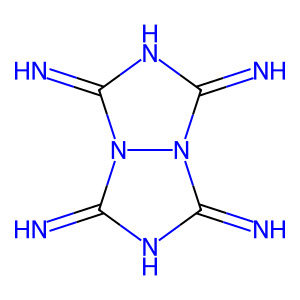
SMILES: N=c1[nH]c(=N)n2c(=N)[nH]c(=N)n12
Inhibits HIV replication: No